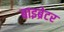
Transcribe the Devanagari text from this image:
बाइब्रेटर